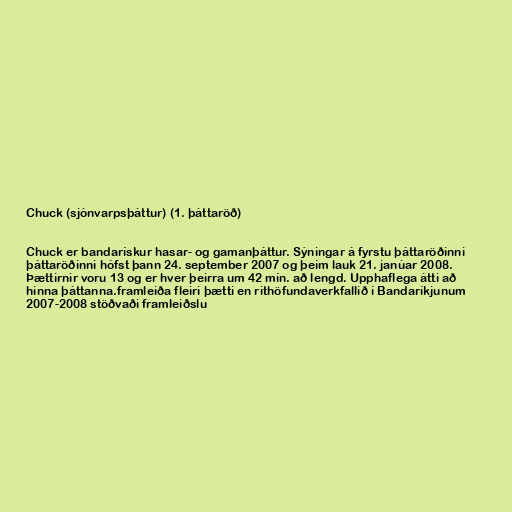
Chuck (sjónvarpsþáttur) (1. þáttaröð)

Chuck er bandarískur hasar- og gamanþáttur. Sýningar á fyrstu þáttaröðinni
þáttaröðinni hófst þann 24. september 2007 og þeim lauk 21. janúar 2008.
Þættirnir voru 13 og er hver þeirra um 42 mín. að lengd. Upphaflega átti að
hinna þáttanna.framleiða fleiri þætti en rithöfundaverkfallið í Bandaríkjunum
2007-2008 stöðvaði framleiðslu